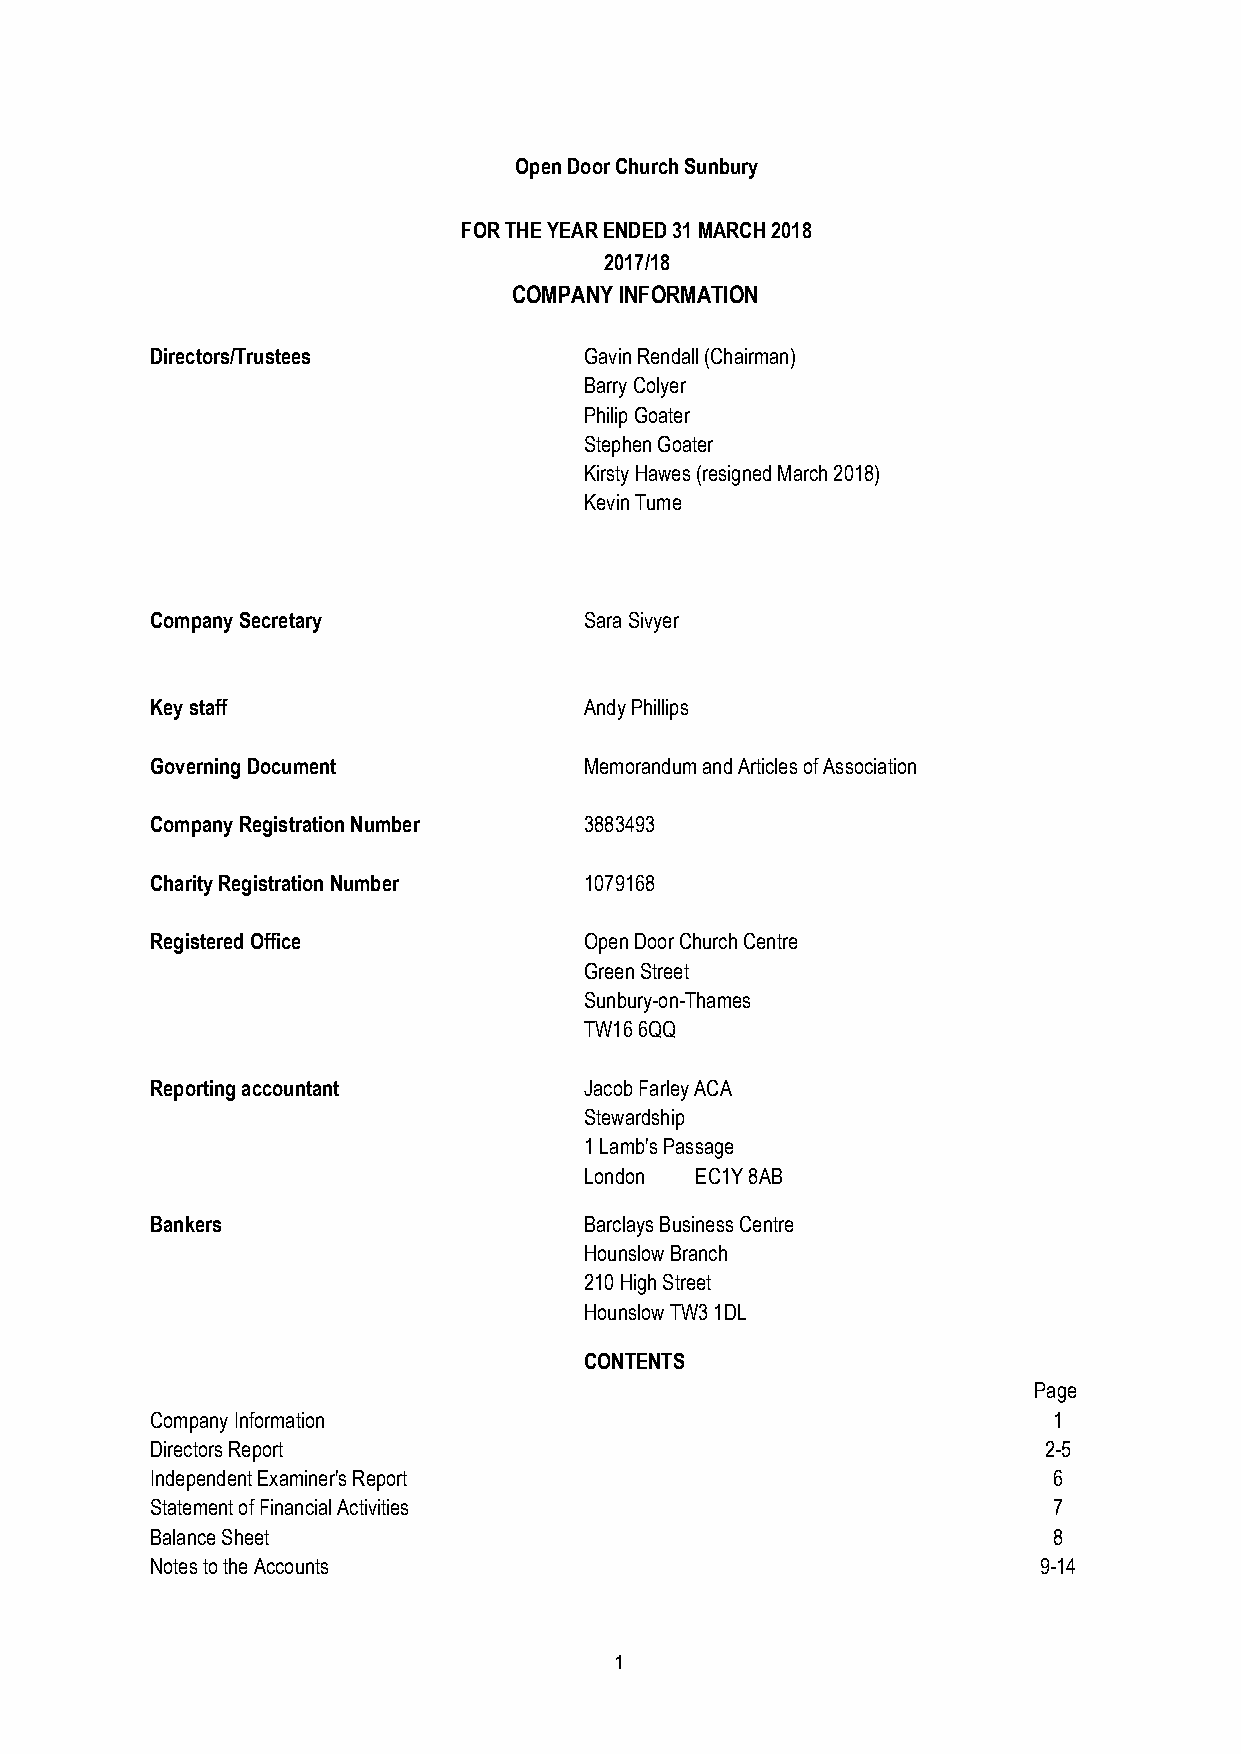
Open Door Church Sunbury
 FOR THE YEAR ENDED 31 MARCH 2018
 2017/18
 COMPANY INFORMATION
 Directors/Trustees           Gavin Rendall (Chairman)
 Barry Colyer
 Philip Goater
 Stephen Goater
 Kirsty Hawes (resigned March 2018)
 Kevin Tume
 Company Secretary            Sara Sivyer
 Key staff                    Andy Phillips
 Governing Document           Memorandum and Articles of Association
 Company Registration Number  3883493
 Charity Registration Number  1079168
 Registered Office            Open Door Church Centre
 Green Street
 Sunbury-on-Thames
 TW16 6QQ
 Reporting accountant         Jacob Farley ACA
 Stewardship
 1 Lamb's Passage
 London EC1Y 8AB
 Bankers                      Barclays Business Centre
 Hounslow Branch
 210 High Street
 Hounslow TW3 1DL
 CONTENTS
 Page
 Company Information                                         1
 Directors Report                                           2-5
 Independent Examiner's Report                               6
 Statement of Financial Activities                           7
 Balance Sheet                                               8
 Notes to the Accounts                                      9-14
 1